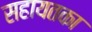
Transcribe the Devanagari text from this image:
सहायतका